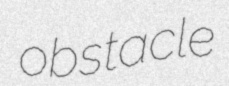
obstacle